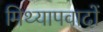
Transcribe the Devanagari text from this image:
मिथ्‍यापवादों